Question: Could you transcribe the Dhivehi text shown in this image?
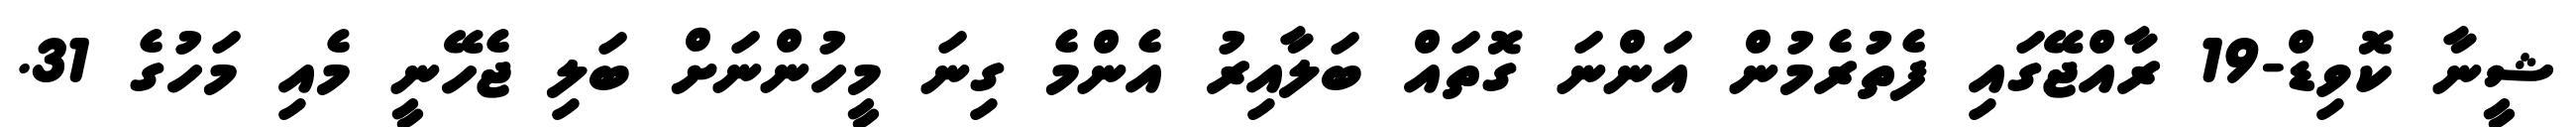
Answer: ޝީނާ ކޮވިޑް-19 ރާއްޖޭގައި ފެތުރެމުން އަންނަ ގޮތައް ބަލާއިރު އެންމެ ގިނަ މީހުންނަށް ބަލި ޖެހޭނީ މެއި މަހުގެ 31.